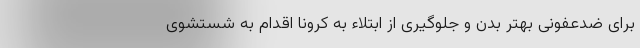
برای ضدعفونی بهتر بدن و جلوگیری از ابتلاء به کرونا اقدام به شستشوی